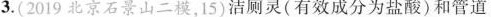
3.(2019北京石景山二模，15)洁厕灵（有效成分为盐酸）和管道